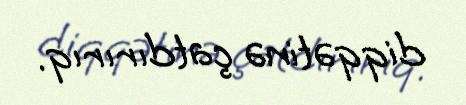
diqqətinə çatdırırıq.